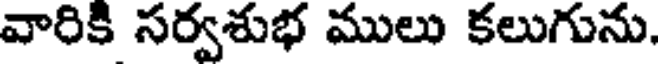
వారికి సర్వశుభ ములు కలుగును.